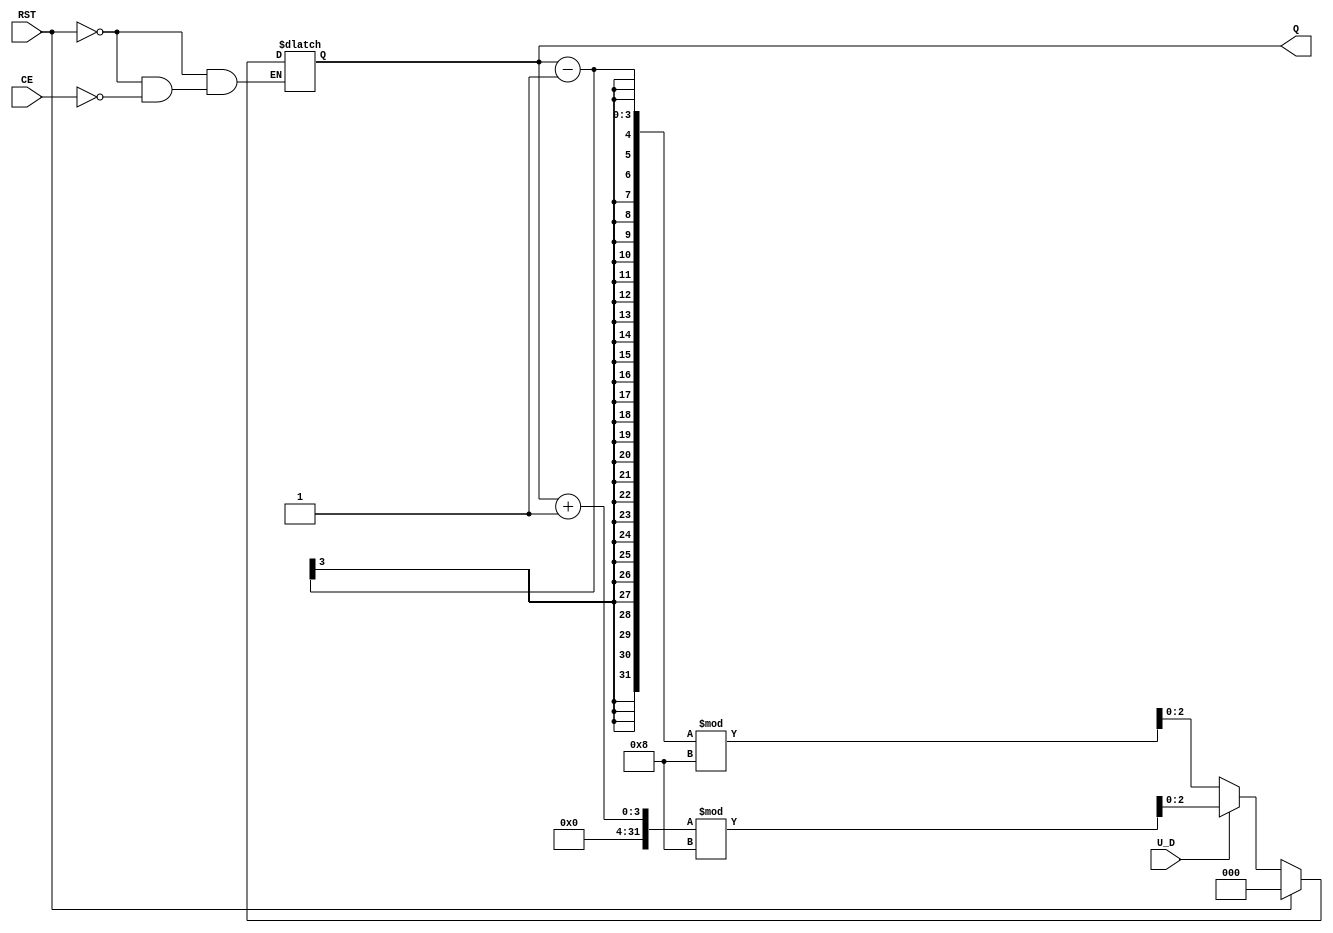
module UpDownAsyncCounter (
    input wire U_D,          // Up/Down Control Signal
    input wire CE,           // Count Enable
    input wire RST,          // Asynchronous Reset
    output reg [2:0] Q       // Counter Output (3 bits for counting 0-7)
);

// Asynchronous Reset
always @* begin
    if (RST) begin
        Q = 3'b000;         // Reset the counter to 0
    end else if (CE) begin
        if (U_D) begin
            Q = (Q + 1) % 8; // Count up, wrap around at 8
        end else begin
            Q = (Q - 1) % 8; // Count down, wrap at 0
        end
    end
end

endmodule